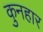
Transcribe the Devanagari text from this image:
कुनहार